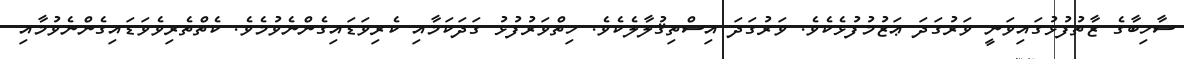
ސާހިބާގެ ޒާތުފުޅުގައިވަނީ ވަރުގަދަ ޢަޒުމުފުޅެކެވެ. ވަރުގަދަ އިސްތިޤުލާލެކެވެ. ހިތްވަރުފުޅު ގަދަކަމާއި ކެރިވަޑައިގެންނެވުމެވެ. ކެތްތެރިވެވަޑައިގެންނެވުމާއި